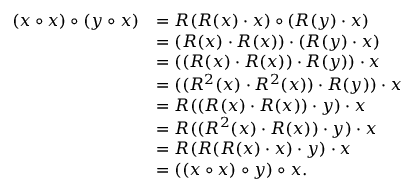
\begin{array} { r l } { ( x \circ x ) \circ ( y \circ x ) } & { = R ( R ( x ) \cdot x ) \circ ( R ( y ) \cdot x ) } \\ & { = ( R ( x ) \cdot R ( x ) ) \cdot ( R ( y ) \cdot x ) } \\ & { = ( ( R ( x ) \cdot R ( x ) ) \cdot R ( y ) ) \cdot x } \\ & { = ( ( R ^ { 2 } ( x ) \cdot R ^ { 2 } ( x ) ) \cdot R ( y ) ) \cdot x } \\ & { = R ( ( R ( x ) \cdot R ( x ) ) \cdot y ) \cdot x } \\ & { = R ( ( R ^ { 2 } ( x ) \cdot R ( x ) ) \cdot y ) \cdot x } \\ & { = R ( R ( R ( x ) \cdot x ) \cdot y ) \cdot x } \\ & { = ( ( x \circ x ) \circ y ) \circ x . } \end{array}